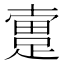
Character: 𨂬